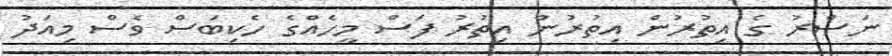
ނަސްރު ގެ އިތުރުން އިތުރުން އިތުރު ފަސް މީހެއްގެ ހެކިބަސް ވެސް މިއަދު